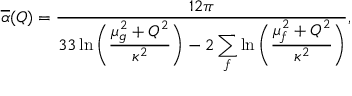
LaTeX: \overline { { \alpha } } ( Q ) = { \frac { 1 2 \pi } { \displaystyle 3 3 \ln { \bigg ( { \frac { \mu _ { g } ^ { 2 } + Q ^ { 2 } } { \kappa ^ { 2 } } } \bigg ) } - 2 \sum _ { f } \ln { \bigg ( { \frac { \mu _ { f } ^ { 2 } + Q ^ { 2 } } { \kappa ^ { 2 } } } \bigg ) } } } ,